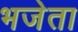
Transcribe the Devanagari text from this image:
भजेता